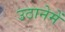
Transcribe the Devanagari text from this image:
उठानेमें